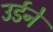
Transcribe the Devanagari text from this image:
उर्डने